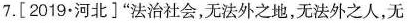
7.[2019·河北]”法治社会，无法外之地，无法外之人，无